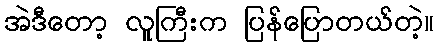
အဲဒီတော့ လူကြီးက ပြန်ပြောတယ်တဲ့။